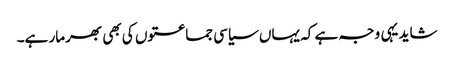
شاید یہی وجہ ہے کہ یہاں سیاسی جماعتوں کی بھی بھرمار ہے۔